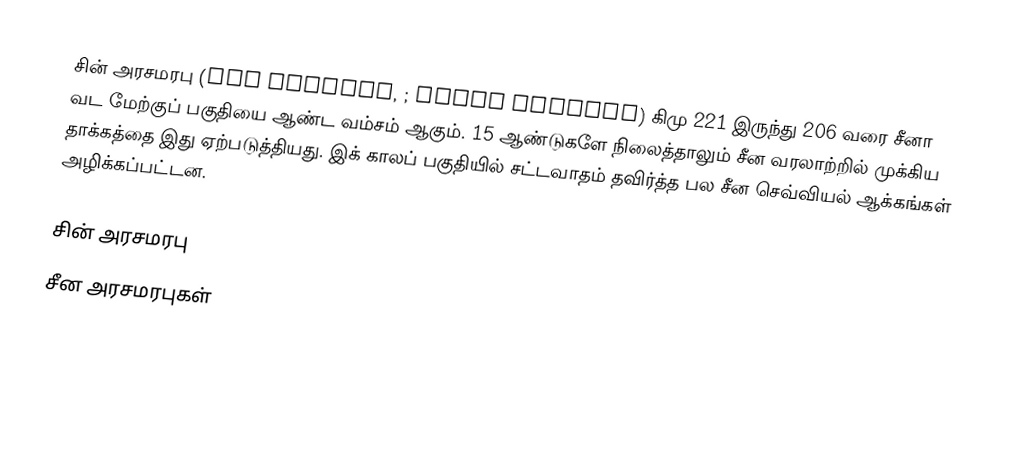
சின் அரசமரபு (Qin Dynasty, ; tɕʰǐn tʂʰɑ̌ʊ̯) கிமு 221 இருந்து 206 வரை சீனா வட மேற்குப் பகுதியை ஆண்ட வம்சம் ஆகும். 15 ஆண்டுகளே நிலைத்தாலும் சீன வரலாற்றில் முக்கிய தாக்கத்தை இது ஏற்படுத்தியது. இக் காலப் பகுதியில் சட்டவாதம் தவிர்த்த பல சீன செவ்வியல் ஆக்கங்கள் அழிக்கப்பட்டன.

சின் அரசமரபு
சீன அரசமரபுகள்